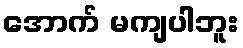
အောက် မကျပါဘူး